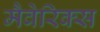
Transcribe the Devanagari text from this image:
मैवेरिक्स